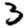
Digit: 3